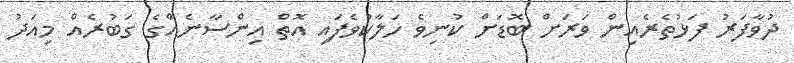
ދުވާފަރު ފަޅުތެރެއިން ވަރަށް ބޮޑަށް ކުނިވެ ހަލާކުވެފައި އޮތް އިންސާނެއްގެ ގަބުރެއް މިއަދު